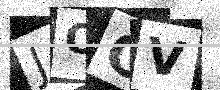
Text: JOGV